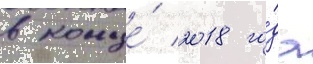
в конце́ 2018 го́да